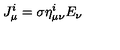
J _ { \mu } ^ { i } = \sigma \eta _ { \mu \nu } ^ { i } E _ { \nu }